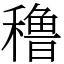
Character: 穞